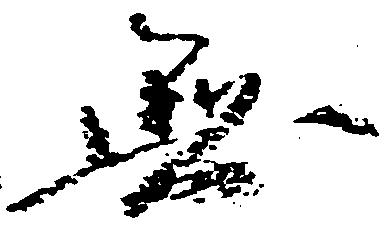
無